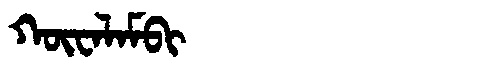
Manchu: ᡴᡡᠸᠠᠯᠠᠮᠪᡳ
Romanization: KŪWALAMBI